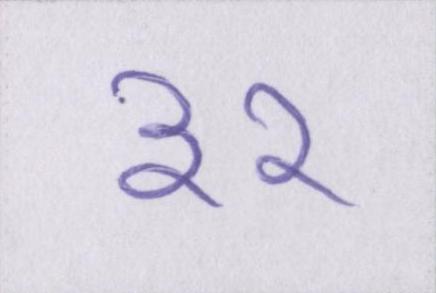
३२